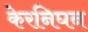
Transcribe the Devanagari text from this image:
केरनिघन